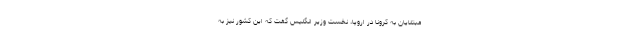
مبتلایان به کرونا در اروپا، نخست وزیر انگلیس گفت که این کشور نیز به